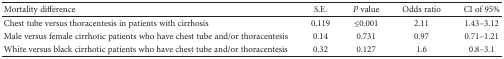
<table><thead><tr><td><b>Mortality difference</b></td><td><b>S.E.</b></td><td><b><i>P</i> value</b></td><td><b>Odds ratio</b></td><td><b>CI of 95%</b></td></tr></thead><tbody><tr><td>Chest tube versus thoracentesis in patients with cirrhosis</td><td>0.119</td><td>≤0.001</td><td>2.11</td><td>1.43–3.12</td></tr><tr><td>Male versus female cirrhotic patients who have chest tube and/or thoracentesis</td><td>0.14</td><td>0.731</td><td>0.97</td><td>0.71–1.21</td></tr><tr><td>White versus black cirrhotic patients who have chest tube and/or thoracentesis</td><td>0.32</td><td>0.127</td><td>1.6</td><td>0.8–3.1</td></tr></tbody></table>